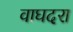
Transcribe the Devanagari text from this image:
वाघदरा